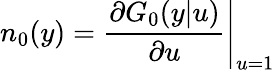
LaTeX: n_{0}(y)=\left.\frac{\partial G_{0}(y|u)}{\partial u}\right|_{u=1}